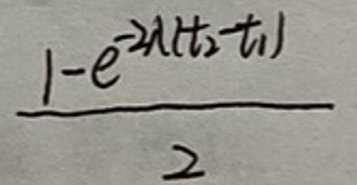
\(\frac{1 - e^{- \lambda (t_2 - t_1)}}{2}\)